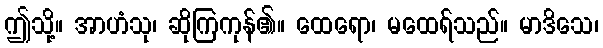
ဤသို့။ အာဟံသု၊ ဆိုကြကုန်၏။ ထေရော၊ မထေရ်သည်။ မာဒိသေ၊